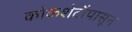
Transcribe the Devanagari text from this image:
कोकशेटौपासून